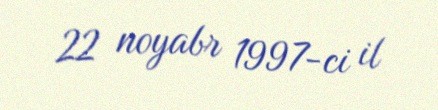
22 noyabr 1997-ci il